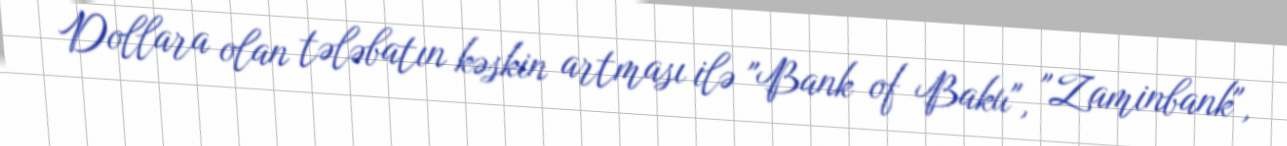
Dollara olan tələbatın kəskin artması ilə "Bank of Baku", "Zaminbank",